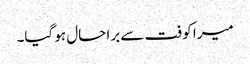
میرا کوفت سے برا حال ہو گیا۔